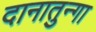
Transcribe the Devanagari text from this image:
दानातुन्गा